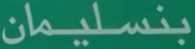
بنسليمان